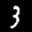
Label: 3